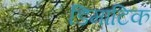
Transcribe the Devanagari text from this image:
डिमाटिक